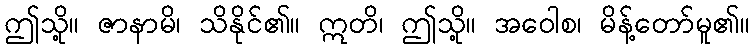
ဤသို့။ ဇာနာမိ၊ သိနိုင်၏။ ဣတိ၊ ဤသို့။ အဝေါစ၊ မိန့်တော်မူ၏။